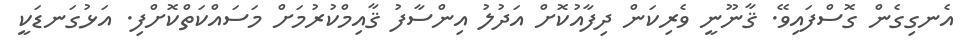
އެނގިގެން ގޮސްފައިވޭ. ޤާނޫނީ ވެރިކަން ދިފާއުކޮށް އަދުލު އިންސާފު ޤާއިމްކުރުމަށް މަސައްކަތްކޮށްފި. އަޅުގަނޑަކީ